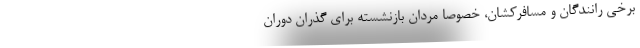
برخي رانندگان و مسافركشان، خصوصا مردان بازنشسته براي گذران دوران